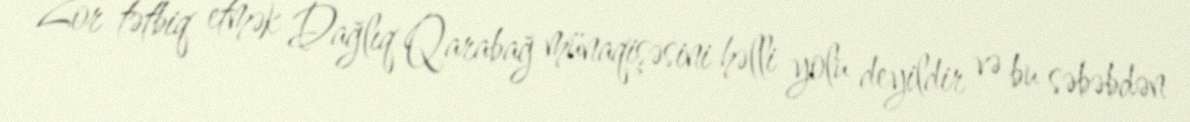
Zor tətbiq etmək Dağlıq Qarabağ münaqişəsini həlli yolu deyildir və bu səbəbdən